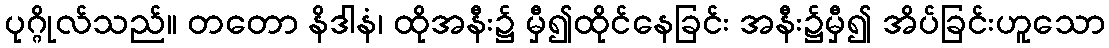
ပုဂ္ဂိုလ်သည်။ တတော နိဒါနံ၊ ထိုအနီး၌ မှီ၍ထိုင်နေခြင်း အနီး၌မှီ၍ အိပ်ခြင်းဟူသော